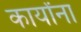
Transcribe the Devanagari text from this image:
कार्यांना